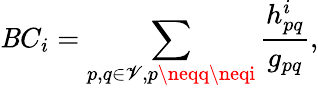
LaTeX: \mathit{B}C_{i}=\sum_{p,q\in\mathscr{{V}},p\neqq\neqi}\frac{{h_{pq}^{i}}}{{g_{pq}}},